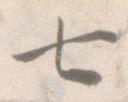
七